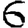
Digit: 6